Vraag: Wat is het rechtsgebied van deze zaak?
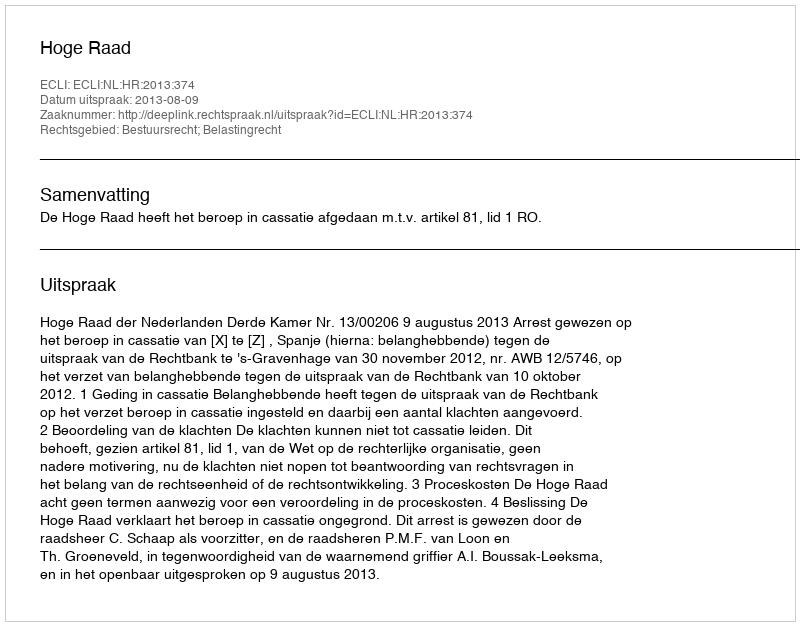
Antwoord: Bestuursrecht; Belastingrecht